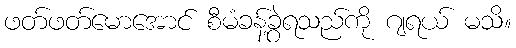
ဖတ်ဖတ်မောအောင် စီမံခန့်ခွဲရသည်ကို ဂျရယ် မသိ။